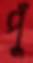
পুঁ